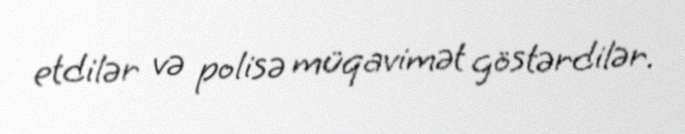
etdilər və polisə müqavimət göstərdilər.